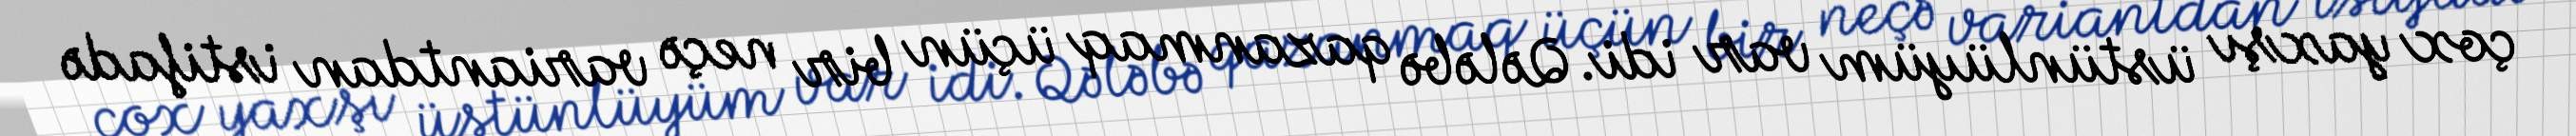
çox yaxşı üstünlüyüm var idi. Qələbə qazanmaq üçün bir neçə variantdan istifadə